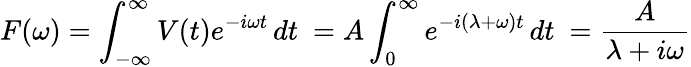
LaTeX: F(\omega)=\int_{-\infty}^{\infty}V(t)e^{-i\omega t}\, dt\ =A\int_{0}^{\infty}e^{-i(\lambda+\omega)t}\, dt\ =\frac{A}{\lambda+i\omega}